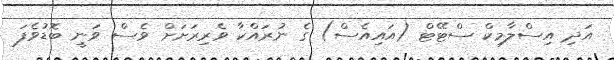
އަދި އިސްލާމިކް ސްޓޭޓް (އަައިއެސް) ގެ ނުރައްކާ ވެރިރަަށަށް ވެސް ވަނީ ބޮޑުވެފަ